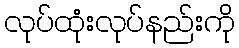
လုပ်ထုံးလုပ်နည်းကို